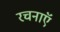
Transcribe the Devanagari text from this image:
रचनाएॅ